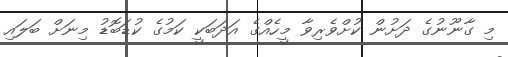
މި ގާނޫނުގެ ދަށުން ކުށްވެރިވާ މީހެއްގެ އަދަބަކީ ކަމުގެ ކުޑަބޮޑު މިނަށް ބަލައި